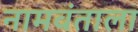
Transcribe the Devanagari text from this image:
नामवंताला